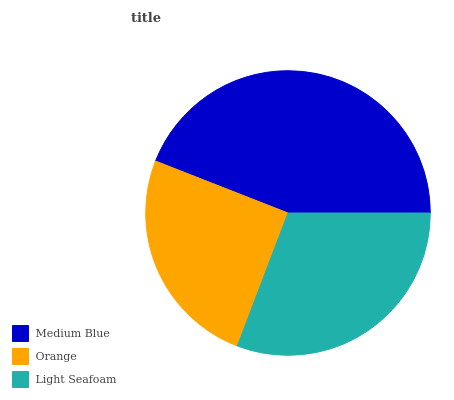
| Medium Blue | Orange | Light Seafoam |
 | --- | --- | --- |
 | 44.1% | 25.2% | 30.7% |